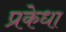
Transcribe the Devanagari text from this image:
प्रकेधा